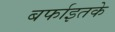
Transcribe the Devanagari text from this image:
बर्फाइतके